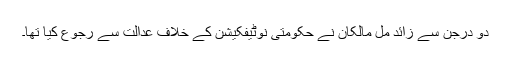
دو درجن سے زائد مل مالکان نے حکومتی نوٹیفکیشن کے خلاف عدالت سے رجوع کیا تھا۔